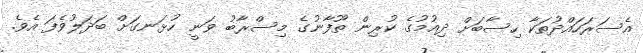
އެސަރަހައްދުތަކާ ހިސާބަށް ދިއުމުގެ ކުރިން ތޫފާނުގެ މިސްރާބު ވަނީ ހުޅަނގަށް ބަދަލުވެފަ އެވެ.